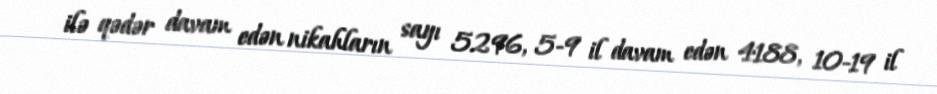
ilə qədər davam edən nikahların sayı 5296, 5-9 il davam edən 4188, 10-19 il